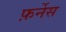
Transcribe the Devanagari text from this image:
फ़र्नेस